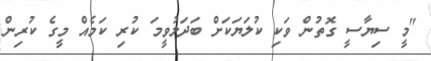
"މީ ސިޔާސީ ގޮތުން ވަކި ކުލަޔަކަށް ބަދަލުވީމަ ކުރި ކަމެއް މީގެ ކުރިން